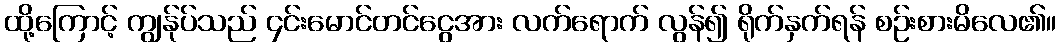
ထို့ကြောင့် ကျွန်ုပ်သည် ၄င်းမောင်တင်ငွေအား လက်ရောက် လွန်၍ ရိုက်နှက်ရန် စဉ်းစားမိလေ၏။